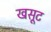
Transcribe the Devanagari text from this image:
खसूट